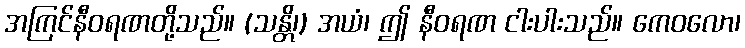
အကြင်နီဝရဏတို့သည်။ (သန္တိ၊) အယံ၊ ဤ နီဝရဏ ငါးပါးသည်။ ကေဝလော၊